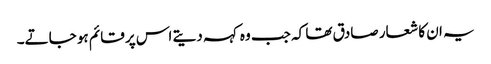
یہ ان کا شعار صادق تھا کہ جب وہ کہہ دیتے اس پر قائم ہو جاتے۔